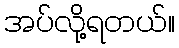
အပ်လို့ရတယ်။